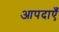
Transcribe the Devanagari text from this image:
आपदाएँ